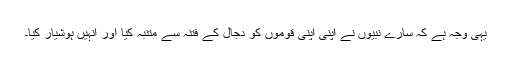
یہی وجہ ہے کہ سارے نبیوں نے اپنی اپنی قوموں کو دجال کے فتنہ سے متنبہ کیا اور انہیں ہوشیار کیا۔